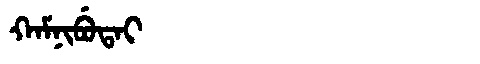
Manchu: ᡴᠠᠮᠨᡳᠪᡠᡨᠠᡳ
Romanization: KAMNIBUTAI